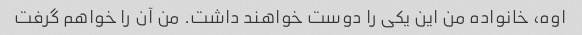
اوه، خانواده من این یکی را دوست خواهند داشت. من آن را خواهم گرفت